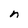
Character: n